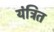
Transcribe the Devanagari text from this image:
यंत्रित